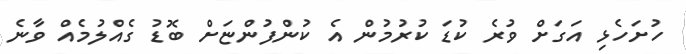
ހުށަހެޅި އަގަށް ވުރެ ކުޑަ ކުރުމުން އެ ކުންފުންޏަށް ބޮޑު ގެއްލުމެއް ވާނެ